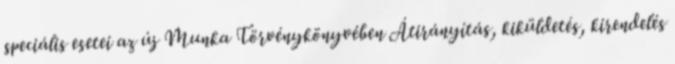
speciális esetei az új Munka Törvénykönyvében Átirányítás, kiküldetés, kirendelés